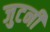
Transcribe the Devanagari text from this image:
जुटनी